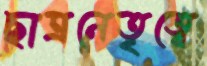
ছাত্রনেতৃত্বে